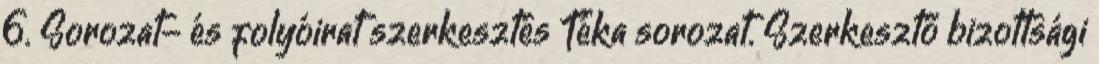
6. Sorozat- és folyóirat szerkesztés Téka sorozat. Szerkesztő bizottsági